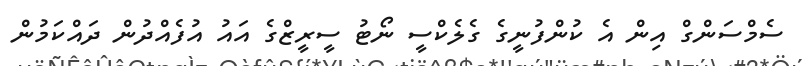
ސެމްސަންގް އިން އެ ކުންފުނީގެ ގެލެކްސީ ނޯޓު ސީރީޒްގެ އައު އުފެއްދުން ދައްކަމުން